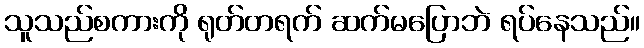
သူသည်စကားကို ရုတ်တရက် ဆက်မပြောဘဲ ရပ်နေသည်။